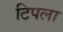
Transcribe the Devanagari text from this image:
टिपला